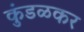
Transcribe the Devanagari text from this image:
कुंडळकर